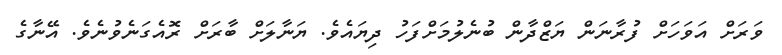
ވަރަށް އަވަހަށް ފުރާނަން ޔަޒްދާން ބުނެލުމަށްފަހު ދިޔައެވެ. ޔަނާލަށް ބާރަށް ރޮއެގަނެވުނެވެ. އޭނާގެ